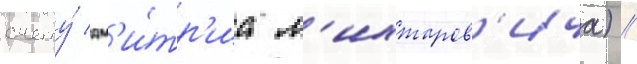
счету́ дм'и́тр'иа л'ихтаров'ича) //